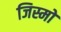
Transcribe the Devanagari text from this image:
जिस्मो